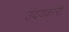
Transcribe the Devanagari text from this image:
उदयकारी